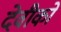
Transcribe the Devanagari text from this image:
देवीको